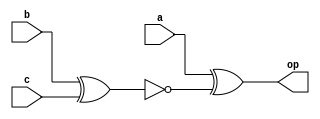
`timescale 1ns / 1ps
//////////////////////////////////////////////////////////////////////////////////
// Company: 
// Engineer: 
// 
// Design Name: 
// Module Name: ODD_PARITY_GEN
// Project Name: 
// Target Devices: 
// Tool Versions: 
// Description: 
// 
// Dependencies: 
// 
// Revision:
// Revision 0.01 - File Created
// Additional Comments:
// 
//////////////////////////////////////////////////////////////////////////////////


module ODD_PARITY_GEN(
    input a,
    input b,
    input c,
    output op
    );
 wire w1; 
 xnor a1(w1,b,c); 
 xor a2(op,a,w1);
endmodule